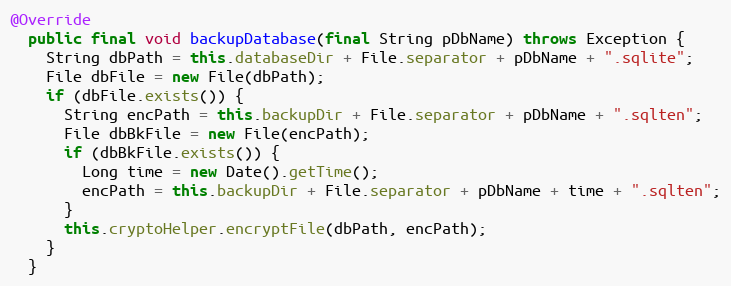
Language: Java
@Override
  public final void backupDatabase(final String pDbName) throws Exception {
    String dbPath = this.databaseDir + File.separator + pDbName + ".sqlite";
    File dbFile = new File(dbPath);
    if (dbFile.exists()) {
      String encPath = this.backupDir + File.separator + pDbName + ".sqlten";
      File dbBkFile = new File(encPath);
      if (dbBkFile.exists()) {
        Long time = new Date().getTime();
        encPath = this.backupDir + File.separator + pDbName + time + ".sqlten";
      }
      this.cryptoHelper.encryptFile(dbPath, encPath);
    }
  }